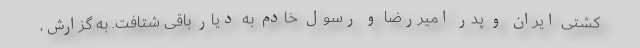
کشتی ایران و پدر امیررضا و رسول خادم به دیار باقی شتافت. به گزارش،